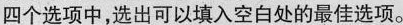
四个选项中,选出可以填入空白处的最佳选项。